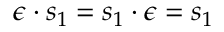
\epsilon \boldsymbol { \cdot } s _ { 1 } = s _ { 1 } \boldsymbol { \cdot } \epsilon = s _ { 1 }